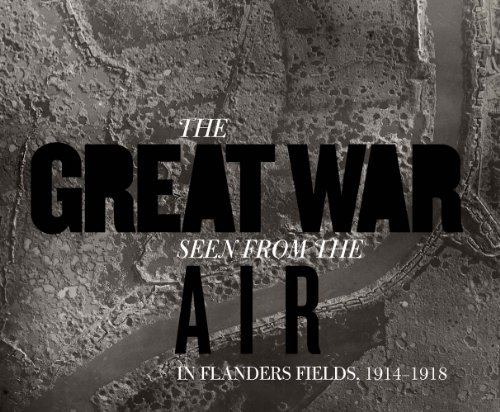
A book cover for The Great War Seen from the Air: In Flanders Fields, 1914EE1918 (Mercatorfonds); Birger Stichelbaut; Arts & Photography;